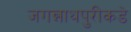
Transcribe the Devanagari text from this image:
जगन्नाथपुरीकडे